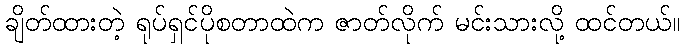
ချိတ်ထားတဲ့ ရုပ်ရှင်ပိုစတာထဲက ဇာတ်လိုက် မင်းသားလို့ ထင်တယ်။